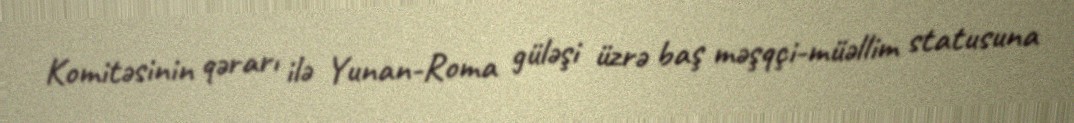
Komitəsinin qərarı ilə Yunan-Roma güləşi üzrə baş məşqçi-müəllim statusuna